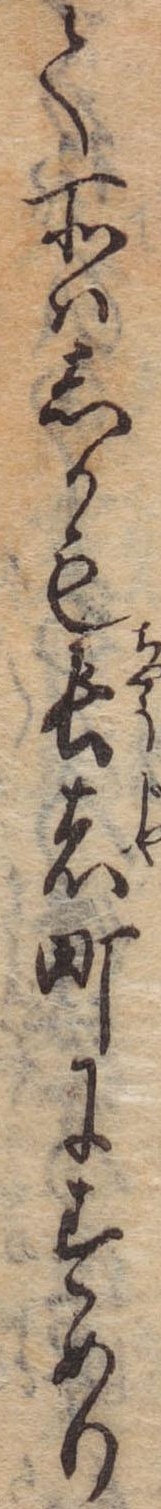
て所はしかも長者町にすめり